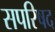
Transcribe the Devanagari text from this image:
सपरिषद